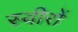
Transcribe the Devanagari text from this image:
स्वीरों